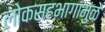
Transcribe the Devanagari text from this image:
लोकसहभागामुळे